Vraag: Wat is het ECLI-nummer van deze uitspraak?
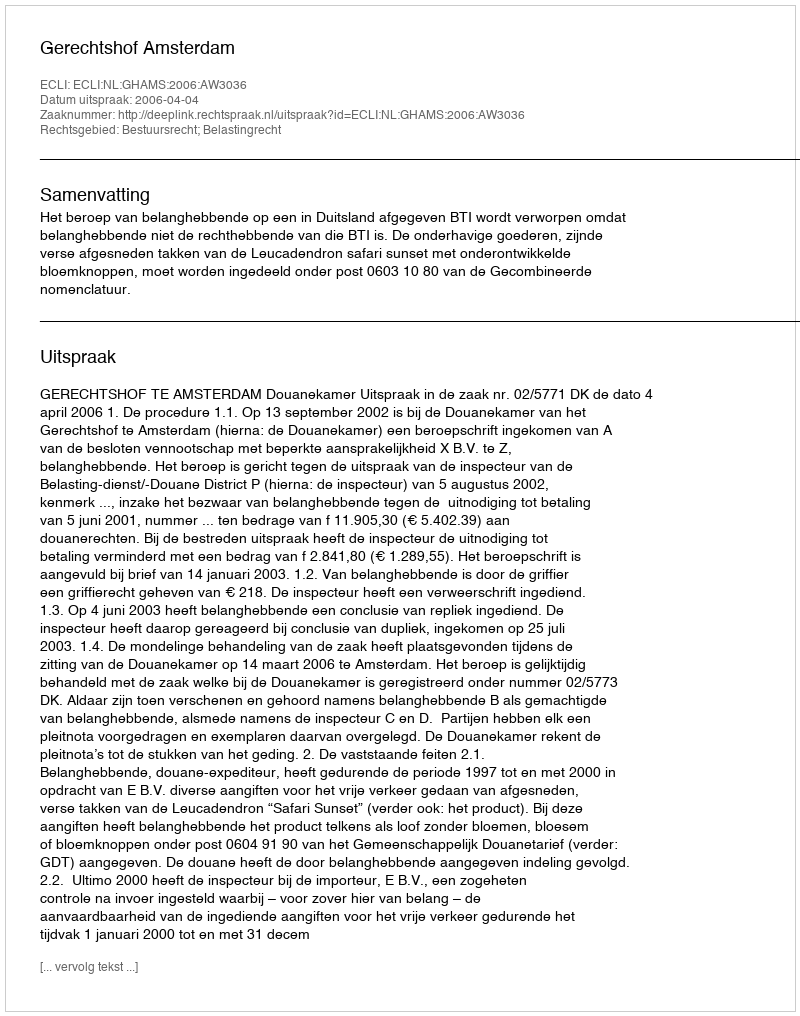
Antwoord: ECLI:NL:GHAMS:2006:AW3036